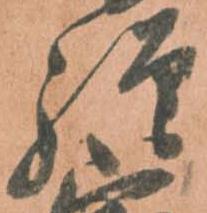
弾